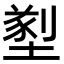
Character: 𡐂